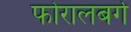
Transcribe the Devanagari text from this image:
फोरालबर्ग